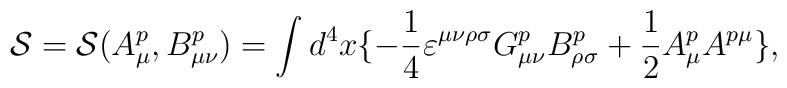
{\cal S} = {\cal S}(A_{\mu}^p, B_{\mu\nu}^p) = \int {d^4}x \{-\frac{1}{4} {\varepsilon}^{\mu\nu\rho\sigma} G_{\mu\nu}^p B_{\rho\sigma}^p + \frac{1}{2} A_{\mu}^p A^{p\mu}\},